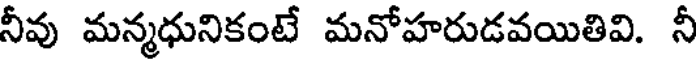
నీవు మన్మధునికంటే మనోహరుడవయితివి. నీ